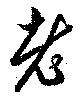
老